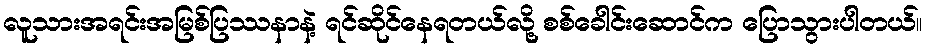
လူသားအရင်းအမြစ်ပြဿနာနဲ့ ရင်ဆိုင်နေရတယ်လို့ စစ်ခေါင်းဆောင်က ပြောသွားပါတယ်။